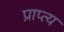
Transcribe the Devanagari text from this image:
प्राप्त्य